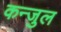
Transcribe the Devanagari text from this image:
कन्जुल